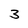
Character: 3